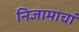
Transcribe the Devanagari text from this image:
निजामाचां